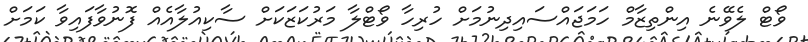
ވޯޓް ލެވޭނެ އިންތިޒާމް ހަމަޖައްސައިދިނުމަށް ހުރިހާ ވޯޓްލާ މަރުކަޒަކަށް ސާކިއުލާއެއް ފޮނުވާފައިވާ ކަމަށް